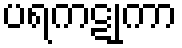
ပရကဋုကာ